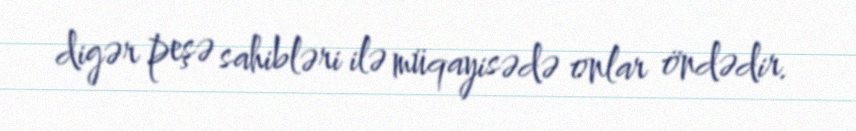
digər peşə sahibləri ilə müqayisədə onlar öndədir.